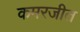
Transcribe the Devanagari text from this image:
कमरजीत